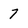
Character: 7